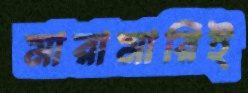
মারামারিই